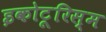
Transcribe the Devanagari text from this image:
इकोटूरिस्म